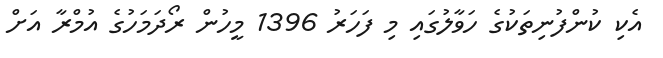
އެކި ކުންފުނިތަކުގެ ހަވާލުގައި މި ފަހަރު 1396 މީހުން ރޯދަމަހުގެ އުމްރާ އަށް